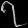
Digit: ၇